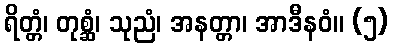
ရိတ္တံ၊ တုစ္ဆံ၊ သုညံ၊ အနတ္တာ၊ အာဒီနဝံ။ (၅)